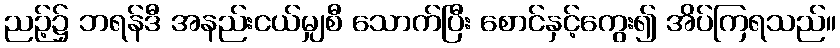
ညဉ့်၌ ဘရန်ဒီ အနည်းငယ်မျှစီ သောက်ပြီး စောင်နှင့်ကွေး၍ အိပ်ကြရသည်။